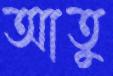
আতু